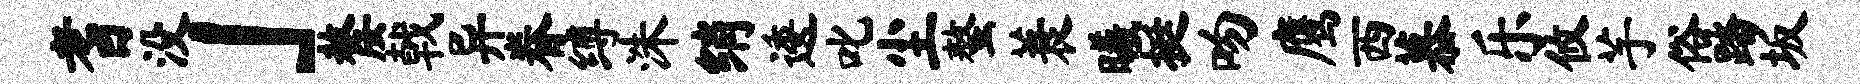
耆没」嫠戟异眷缚洙绡逶叱尘螯蓑曦挺吻鹰西慕乐攸芋俗踏坂